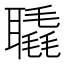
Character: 𦗨